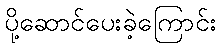
ပို့ဆောင်ပေးခဲ့ကြောင်း